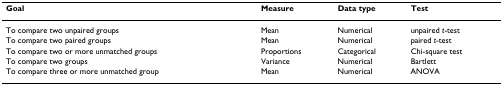
<table><thead><tr><td><b>Goal</b></td><td><b>Measure</b></td><td><b>Data type</b></td><td><b>Test</b></td></tr></thead><tbody><tr><td>To compare two unpaired groups</td><td>Mean</td><td>Numerical</td><td>unpaired <i>t</i>-test</td></tr><tr><td>To compare two paired groups</td><td>Mean</td><td>Numerical</td><td>paired <i>t</i>-test</td></tr><tr><td>To compare two or more unmatched groups</td><td>Proportions</td><td>Categorical</td><td>Chi-square test</td></tr><tr><td>To compare two groups</td><td>Variance</td><td>Numerical</td><td>Bartlett</td></tr><tr><td>To compare three or more unmatched group</td><td>Mean</td><td>Numerical</td><td>ANOVA</td></tr></tbody></table>